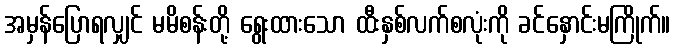
အမှန်ပြောရလျှင် မမိစန်းတို့ ရွေးထားသော ထီးနှစ်လက်စလုံးကို ခင်နှောင်းမကြိုက်။